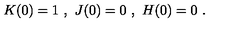
K ( 0 ) = 1 \ , \ J ( 0 ) = 0 \ , \ H ( 0 ) = 0 \ .